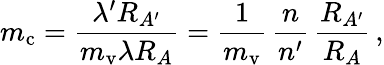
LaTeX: m_{\mathrm{c}}={\frac{\lambda^{\prime}R_{A^{\prime}}}{m_{\mathrm{v}}\lambda R_{A}}}={\frac{1}{m_{\mathrm{v}}}}\, {\frac{n}{n^{\prime}}}\, {\frac{R_{A^{\prime}}}{R_{A}}}\, ,